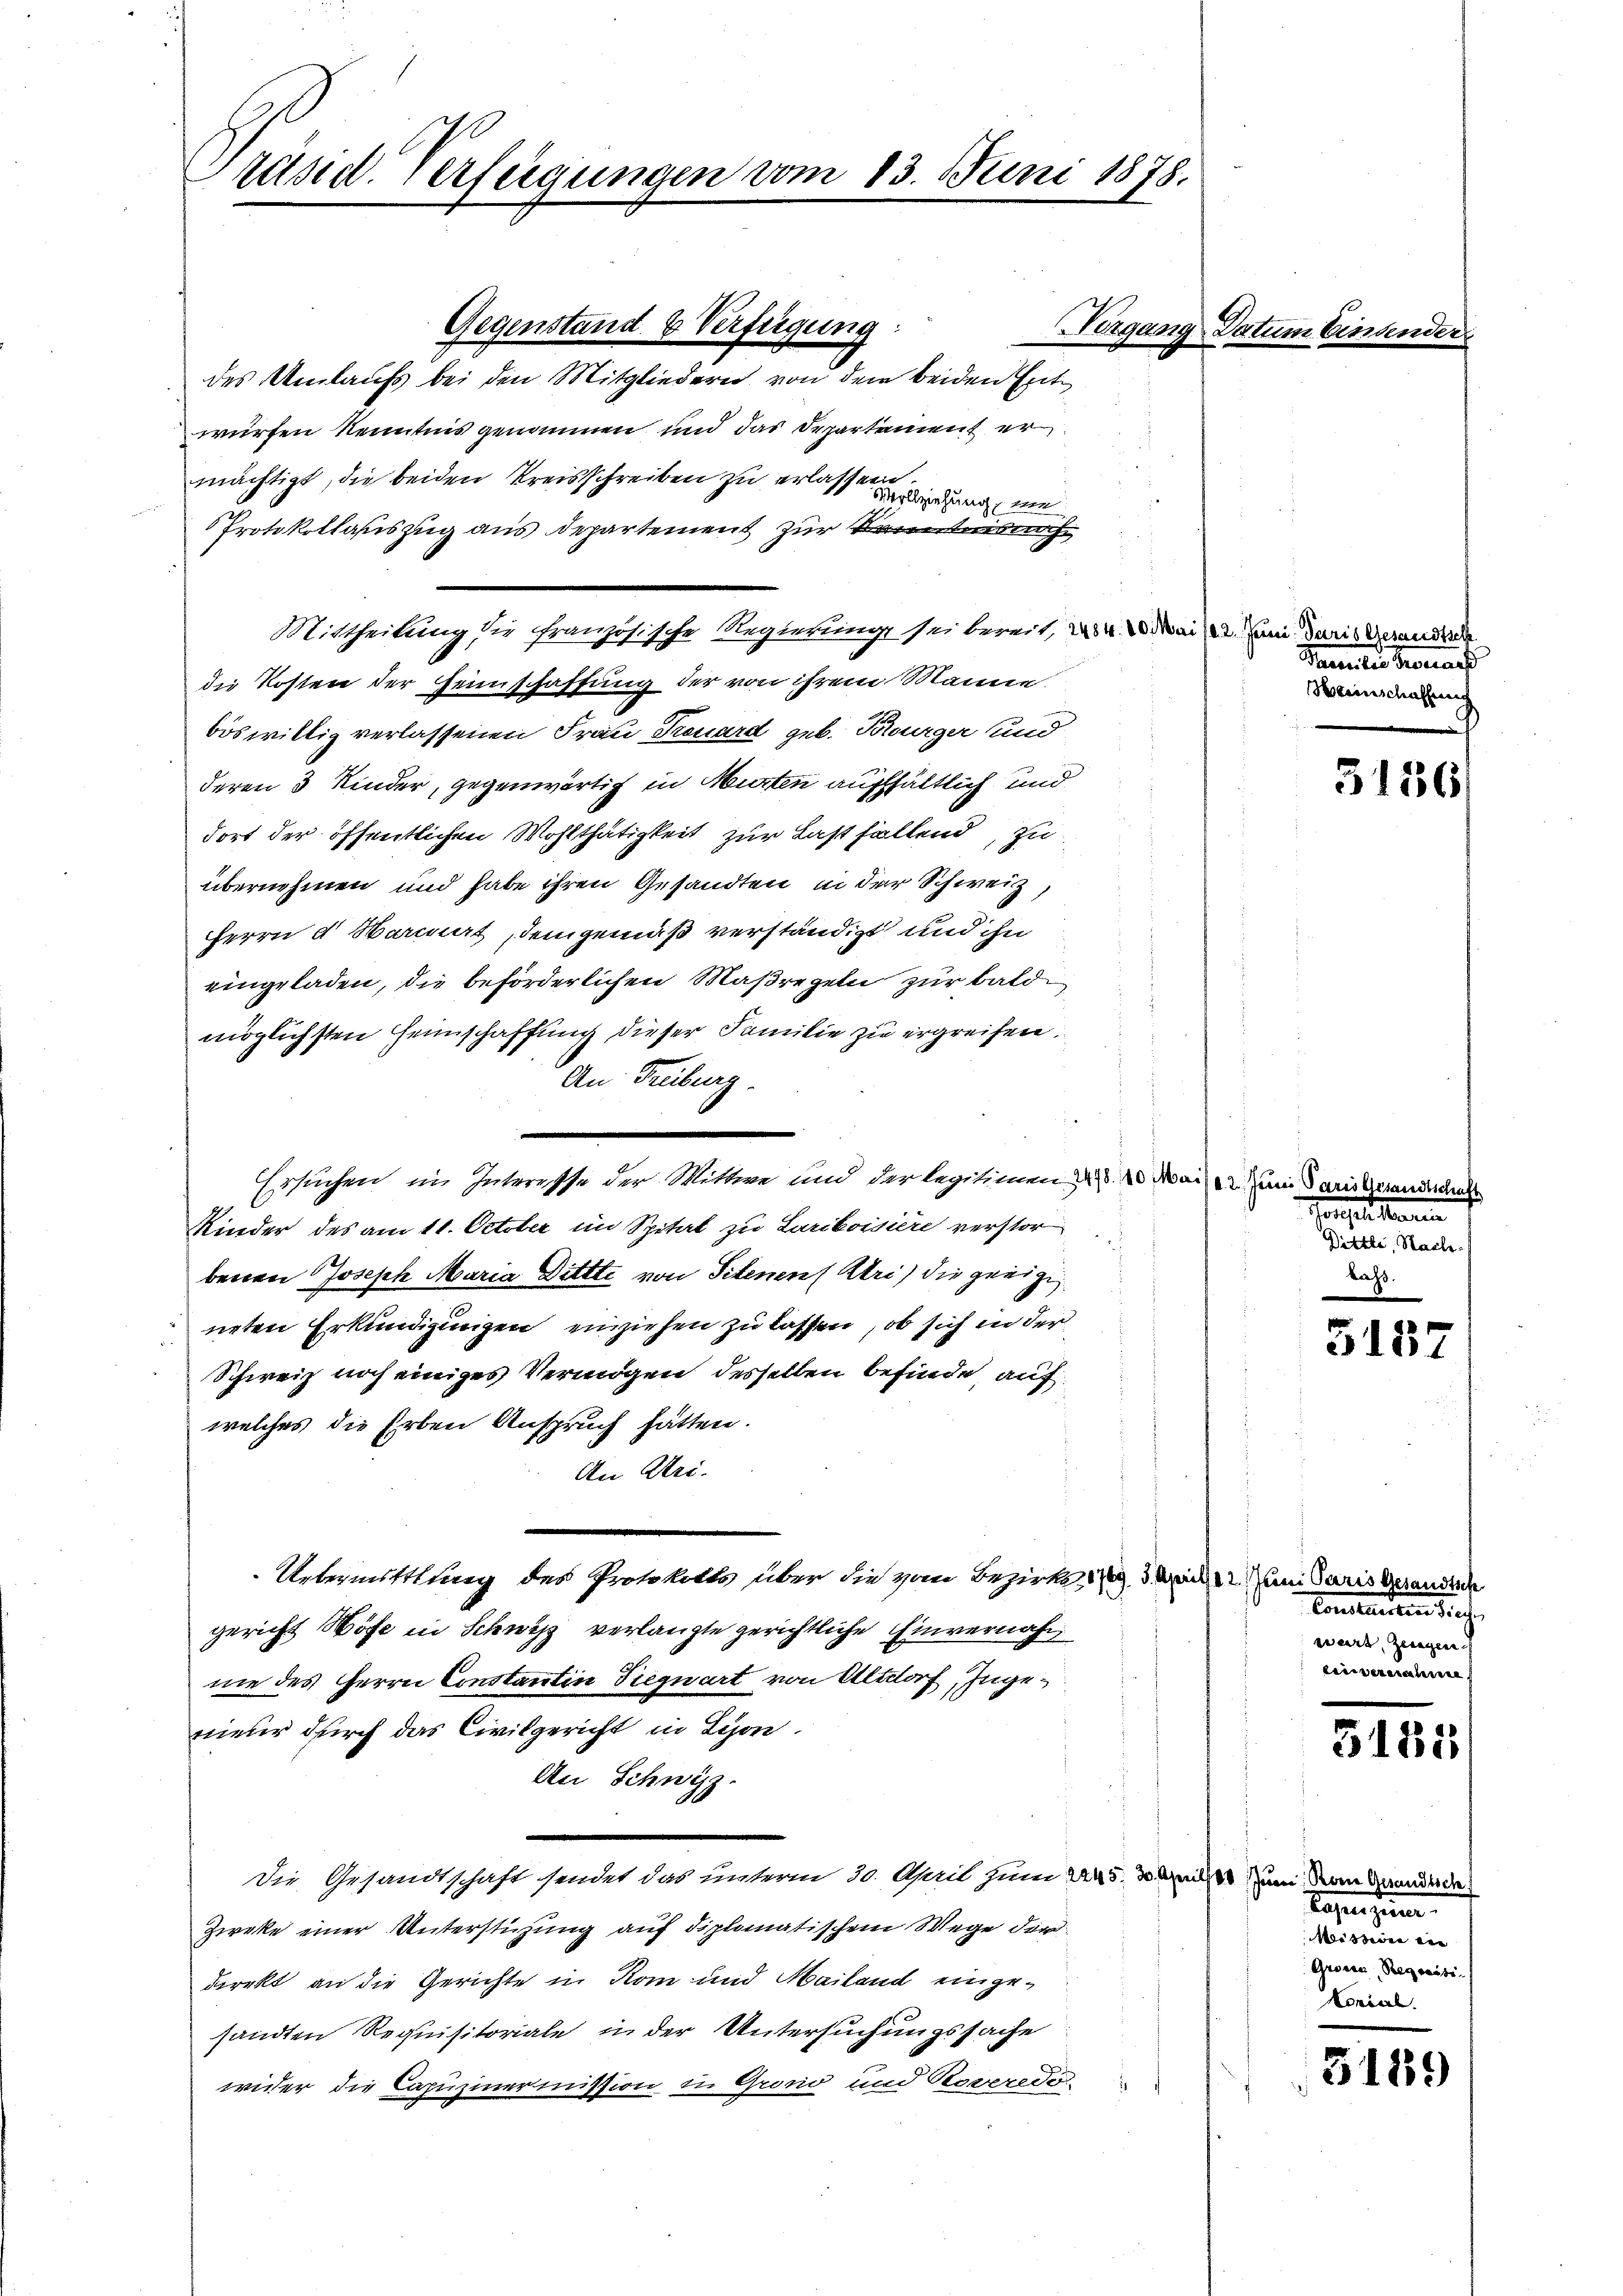
Präsid. Verfügungen vom 13. Juni 1878.

des Umlaufs bei den Mitgliedern von dem beiden Entwürfen Kenntnis genommen und das Departement er
mächtigt, die beiden Kreisschreiben zu erlassen.
Vollziehung von
Protokollauszug aus departement zur Kenntnisnach
Mittheilung sie französische Regierung sei bereit, 204. 20. Mai 122. Juni daris Gerandere
die Kosten der Geinschaffung der von ihrem Manne
böswillig verlassenen Frau Treuard geb. Burger und
deren 3 Kinder, gegenwärtig in Murten aufhältlich und
dort der öffentlichen Wohlthätigkeit zur Last fallend, zu
übernehmen und habe ihren Gesandten in der Schweiz,
Herrn a Mariert, demgemäß verständigt und ihn
eingeladen, die beförderlichen Maßregeln zur baldmöglichsten Heimschaffung dieser Familie zu ergreifen.
An Freiburg.
Kinder des am 11. October im Spital zu Lariboisiere verstor
benen Joseph Maria Dittte von Sittenen Uri, die geeigig
neten Erkundigungen einziehen zu lassen, ob sich in der
Schweiz noch einiges Vermögen desselben befinde, auf
welches die Erben Anspruch hätten.
An Uri.
Untermittlung des Protokolls über die vom Bezirk. 113. Mich um daris gerenden
gericht Höfe in Schwyz verlangte gerichtliche Einvernahm
nie des Herrn Constantin Siequart von Altdorf, Ingenieber durch das Civilgericht in Lyon,
An Schwyz.
Die Gesandtschaft sendet das unterm 30. April zum 245. 3 des zum von Grander de
Zieke einer Unterstüzung auf diplomatischem Wege der
direkt an die Gerichte in Rom und Mailand eingesandten Requisitoriale in der Untersuchungssache
wider die Capuzinermission in Grono und Reverede

Gegenstand & Verfügung:

Ersuchen im Interesse der Mittwe und der legitimen u. 20. Mai 2. Juni daris gewandern

Tergang

Datum Eine

Saanen Kronat
Weinschaffung

Porzel heuten
Ditte, Reihe

Concluenten Siche
wart, Zeigen.
einvernannte

Casenheim.
Mösserer ein
Aronen Regenste
Konial

3186

3157

3181

3119